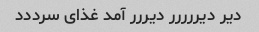
دیر دیررررر دیررر آمد غذای سرددد